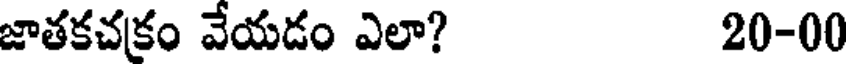
జాతకచకం వేయడం ఎలా? 20-00